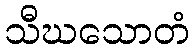
သီဃသောတံ